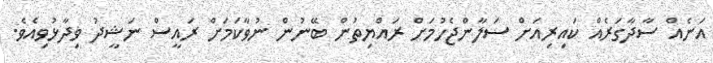
އަނެއް ސާދާގަރެއް ކައިރިއަށް ސަލާންޖެހުމަށް ރައްޔިތުން ބޭނުން ނުވާކަމަށް ރައީސް ނަޝީދު ވިދާޅުވިއެވެ.